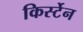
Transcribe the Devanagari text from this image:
किर्स्टेन